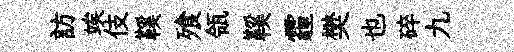
訪竢伎鞵飱瓴鞵霾樊也碎九